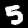
Label: 5